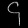
Digit: ၄